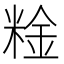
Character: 𥺻